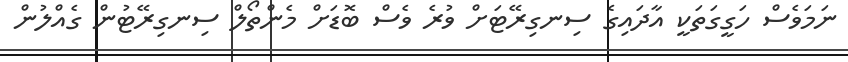
ނަމަވެސް ހަގީގަތަކީ އާދައިގެ ސިނގިރޭޓަށް ވުރެ ވެސް ބޮޑަށް މެންތޯލް ސިނގިރޭޓުން ގެއްލުން